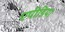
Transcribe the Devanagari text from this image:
एपीडिया